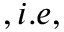
, i . e ,